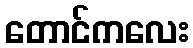
တောင်ကလေး